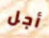
أجل